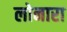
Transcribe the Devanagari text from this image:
लोनारा